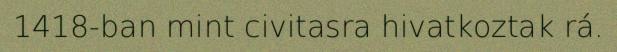
1418-ban mint civitasra hivatkoztak rá.